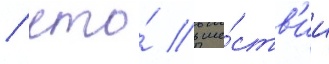
/ что́ в ше́ств'ии